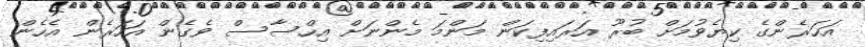
އަހަރެންގެ ކިޔެވުމަށް ބުރޫ އަރައިފިކަން މަންމަ މެންނަށް އިހްސާސް ވެގެން އަހަރެން އެހެން